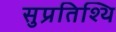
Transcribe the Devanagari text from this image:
सुप्रतिश्थि